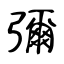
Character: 彌